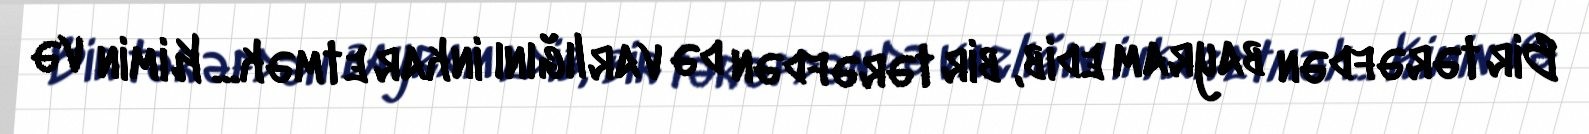
Bir tərəfdən bayram edib, bir tərəfdən də varlığını inkar etmək... Kimin və